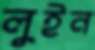
লুইন